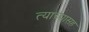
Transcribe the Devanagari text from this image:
त्याच्यासह